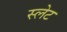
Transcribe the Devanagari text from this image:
स्‍लेट